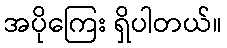
အပိုကြေး ရှိပါတယ်။